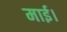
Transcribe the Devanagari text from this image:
माई।